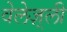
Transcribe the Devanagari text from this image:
वेलेज़्ली